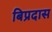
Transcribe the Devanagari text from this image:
बिप्रदास